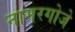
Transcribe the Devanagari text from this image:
नागरगोजे